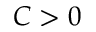
C > 0